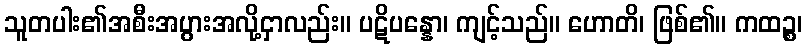
သူတပါး၏အစီးအပွားအလို့ငှာလည်း။ ပဋိပန္နော၊ ကျင့်သည်။ ဟောတိ၊ ဖြစ်၏။ ကထဉ္စ၊